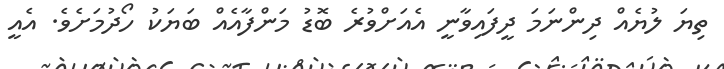
ތިޔަ ލުޔެއް ދިންނަމަ ދީފައިވާނީ އެއަށްވުރެ ބޮޑު މަންފާއެއް ބަޔަކު ހޯދުމަށެވެ. އެއީ